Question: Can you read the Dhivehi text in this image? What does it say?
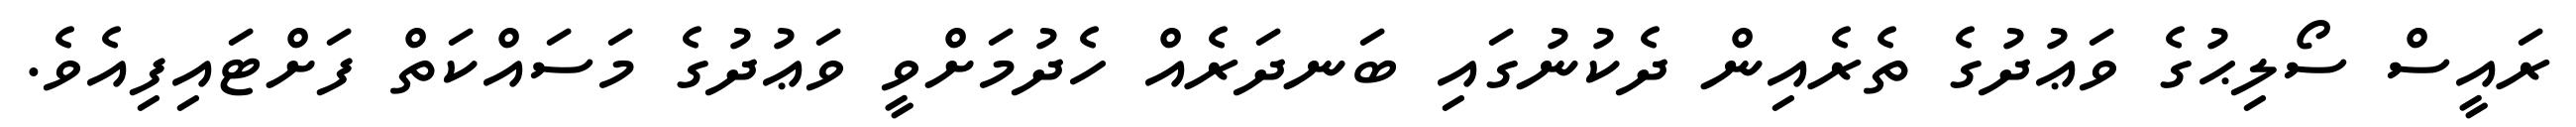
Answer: ރައީސް ސޯލިޙުގެ ވަޢުދުގެ ތެރެއިން ދެކުނުގައި ބަނދަރެއް ހެދުމަށްވީ ވަޢުދުގެ މަސައްކަތް ފަށްޓައިފިއެވެ.